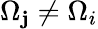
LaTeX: \Omega_{\mathbf{j}}\ne\Omega_{i}